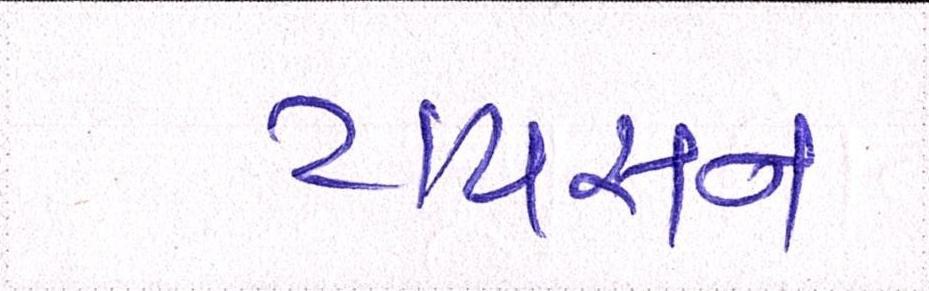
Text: ટાયસન